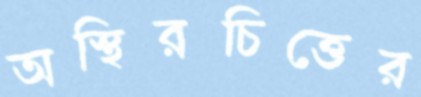
অস্থিরচিত্তের